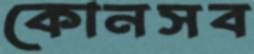
কোনসব